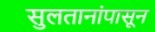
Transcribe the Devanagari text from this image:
सुलतानांपासून